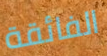
الفائقة